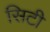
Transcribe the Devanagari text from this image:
सिटी